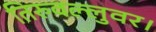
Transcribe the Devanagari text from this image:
तिरुवल्लुवर।